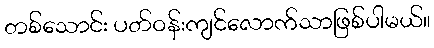
တစ်သောင်း ပတ်ဝန်းကျင်လောက်သာဖြစ်ပါမယ်။